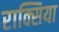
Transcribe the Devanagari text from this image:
राक्सिया